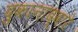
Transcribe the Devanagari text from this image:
दुकानाद्वारे